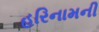
હરિનામની